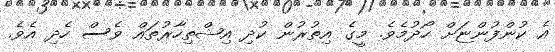
އެ ކުންފުންޏަށް ހޯދުމެވެ. މީގެ އިތުރުން ކުދި އިޝްތިހާރުތައް ވެސް ހެދި އެވެ.